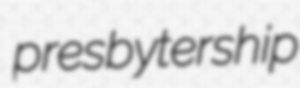
presbytership